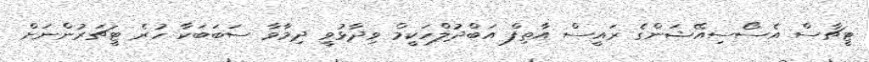
ޓީޗާސް އެސޯސިއޭޝަންގެ ރައީސް އާތިފް އަބްދުލްހަކީމް ވިދާޅުވީ ދިމާވާ ސަބަބަކާ ހުރެ ޓީޗަރުންނަށް